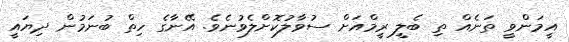
އީމަންވީ ތަނެއް ތި ބެލީ ރީމްއަށް ސުވާލުކޮށްލެވުނެވެ. އޭނާގެ ހިތް ބުނަމުން ދިޔައީ